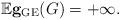
LaTeX: \begin{align*} \mathbb{E} {\bf g}_{\rm GE}(G) = +\infty. \end{align*}